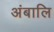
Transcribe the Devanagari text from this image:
अंबालि